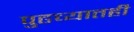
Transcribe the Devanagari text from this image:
पुढच्यातही